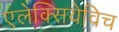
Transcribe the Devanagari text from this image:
एलेक्सियेविच